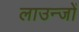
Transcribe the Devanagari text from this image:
लाउन्जों